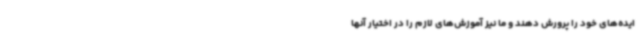
ایده‌های خود را پرورش دهند و ما نیز آموزش‌های لازم را در اختیار آنها